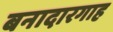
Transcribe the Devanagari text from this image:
बनादारगाह